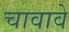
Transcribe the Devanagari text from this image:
चावावे